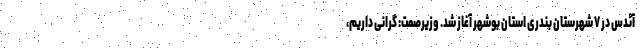
آئدس در ۷ شهرستان بندری استان بوشهر آغاز شد. وزیرصمت: گرانی داریم،